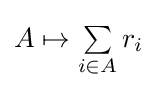
A\mapsto \textstyle \sum \limits _{i\in A}r_{i}